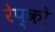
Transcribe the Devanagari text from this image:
रेप्को